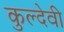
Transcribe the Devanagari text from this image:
कुल्देवी